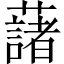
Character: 藷